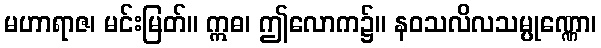
မဟာရာဇ၊ မင်းမြတ်။ ဣဓ၊ ဤလောက၌။ နဝသလိလသမ္ပုဏ္ဏော၊